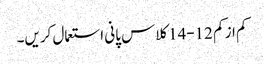
کم از کم 12-14کلاس پانی استعمال کریں۔